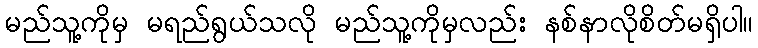
မည်သူ့ကိုမှ မရည်ရွယ်သလို မည်သူ့ကိုမှလည်း နစ်နာလိုစိတ်မရှိပါ။